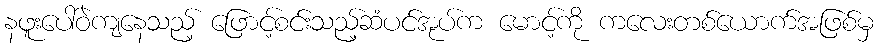
နဖူးပေါ်ဝဲကျနေသည့် ဖြောင့်စင်းသည့်ဆံပင်အုပ်က မောင့်ကို ကလေးတစ်ယောက်အဖြစ်မှ